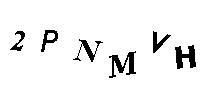
2PNMVH